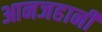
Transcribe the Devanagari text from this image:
आनजहानी